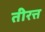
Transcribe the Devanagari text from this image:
तीरत्त